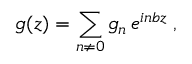
g ( z ) = \sum _ { n \not = 0 } g _ { n } \, e ^ { i n b z } \: ,